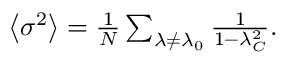
\begin{array} { r } { \left\langle \sigma ^ { 2 } \right\rangle = \frac { 1 } { N } \sum _ { \lambda \neq \lambda _ { 0 } } \frac { 1 } { 1 - \lambda _ { C } ^ { 2 } } . } \end{array}